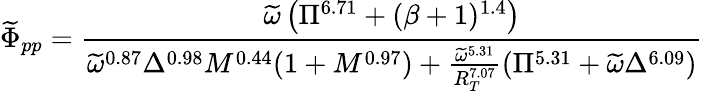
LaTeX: \widetilde{\Phi}_{pp}=\frac{\widetilde{\omega}\left(\Pi^{6.71}+(\beta+1)^{1.4}\right)}{\widetilde{\omega}^{0.87}\Delta^{0.98}M^{0.44}(1+M^{0.97})+\frac{\widetilde{\omega}^{5.31}}{R_{T}^{7.07}}(\Pi^{5.31}+\widetilde{\omega}\Delta^{6.09})}